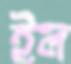
ইল